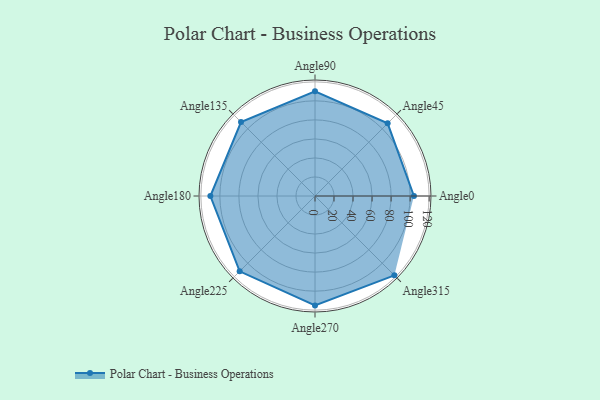
{"axis": {"x": "Angle", "y": "Radius"}, "legend": [""], "data": [{"x": "Angle0", "y": 104.0, "type": ""}, {"x": "Angle45", "y": 108.0, "type": ""}, {"x": "Angle90", "y": 110.0, "type": ""}, {"x": "Angle135", "y": 110.0, "type": ""}, {"x": "Angle180", "y": 110.0, "type": ""}, {"x": "Angle225", "y": 112.0, "type": ""}, {"x": "Angle270", "y": 115.0, "type": ""}, {"x": "Angle315", "y": 118.0, "type": ""}]}